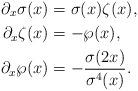
LaTeX: \begin{align*}\partial_x \sigma(x)&=\sigma(x)\zeta(x),\\\partial_x \zeta(x)&=-\wp(x), \\\partial_x \wp(x)&=-\frac{\sigma(2x)}{\sigma^4(x)}.\end{align*}